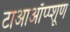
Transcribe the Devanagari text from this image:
टाआऑंप्प्शूण